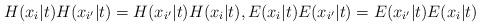
LaTeX: \begin{align*}H(x_{i}|t)H(x_{i^{\prime }}|t)=H(x_{i^{\prime }}|t)H(x_{i}|t),E(x_{i}|t)E(x_{i^{\prime }}|t)=E(x_{i^{\prime }}|t)E(x_{i}|t) \end{align*}